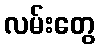
လမ်းတွေ